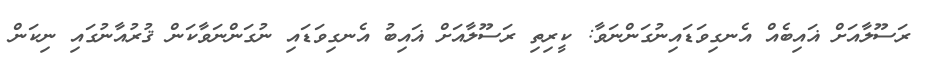
ރަސޫލާއަށް ޣައިބެއް އެނގިވަޑައިނުގަންނަވާ: ކީރިތި ރަސޫލާއަށް ޣައިބު އެނގިވަޑައި ނުގަންނަވާކަން ޤުރުއާނުގައި ނިކަން